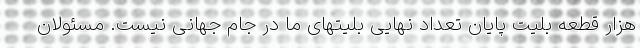
هزار قطعه بلیت پایان تعداد نهایی بلیتهای ما در جام جهانی نیست. مسئولان